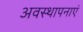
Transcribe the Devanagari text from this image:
अवस्थापनाएं